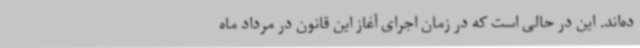
ده‌اند. این در حالی است که در زمان اجرای آغاز این قانون در مرداد ماه